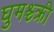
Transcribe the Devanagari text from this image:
घुमश्च्क्री